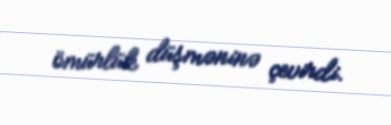
ömürlük düşməninə çevirdi.